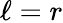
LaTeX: \ell=r